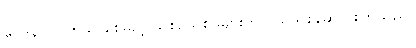
ဝေဒနာ သက်သာစေမည့် သစ်ဥသစ်ဖုများကို ဝယ်ယူစုဆောင်းကြသည်။